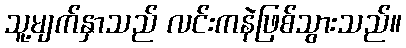
သူ့မျက်နှာသည် လင်းကနဲဖြစ်သွားသည်။